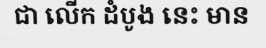
ជា លើក ដំបូង នេះ មាន